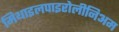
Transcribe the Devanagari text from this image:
मिथाइलपाइरोलीनिअम